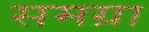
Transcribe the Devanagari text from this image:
समग्रा